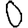
Digit: 0